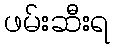
ဖမ်းဆီးရ